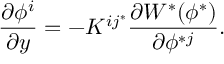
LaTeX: { \frac { \partial \phi ^ { i } } { \partial y } } = - K ^ { i j ^ { * } } \frac { \partial { \cal W } ^ { * } ( \phi ^ { * } ) } { \partial \phi ^ { * j } } .